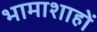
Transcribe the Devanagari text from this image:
भामाशाहों